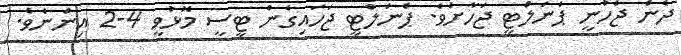
ދެން ޖެހުނީ ޕެނަލްޓީ ޖަހާށެވެ. ޕެނަލްޓީ ޖަހައިގެން ޓީސީ މޮޅުވީ 4-2 އިންނެވެ.